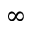
\infty